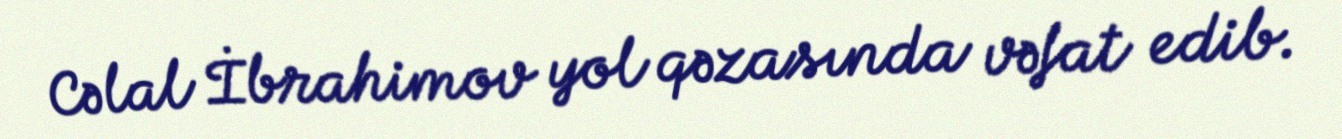
Cəlal İbrahimov yol qəzasında vəfat edib.